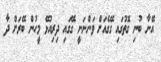
އޭނާ ބުނި ގޮތުގައި ގޭގެއަށް ވަންނަނީ ގޭގައި ދިރިއުޅޭ މީހުން ބޭރަށް ދާ